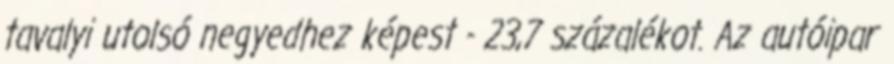
tavalyi utolsó negyedhez képest - 23,7 százalékot. Az autóipar